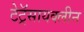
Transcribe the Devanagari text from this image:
टेट्रॅसायक्लीन